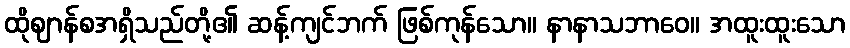
ထိုဈာန်စအရှိသည်တို့၏ ဆန့်ကျင်ဘက် ဖြစ်ကုန်သော။ နာနာသဘာဝေ။ အထူးထူးသော